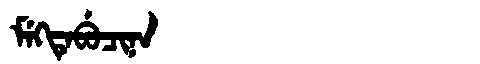
Manchu: ᠮᡝᡴᡨᡝᠪᡠᠴᡳᠨᠠ
Romanization: MEKTEBUCINA